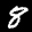
Label: 8